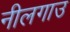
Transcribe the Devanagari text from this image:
नीलगाउ